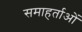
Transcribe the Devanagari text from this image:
समाहर्ताओं